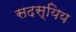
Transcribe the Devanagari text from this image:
सदस्यिय